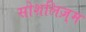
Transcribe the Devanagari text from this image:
सोशलिज़्म